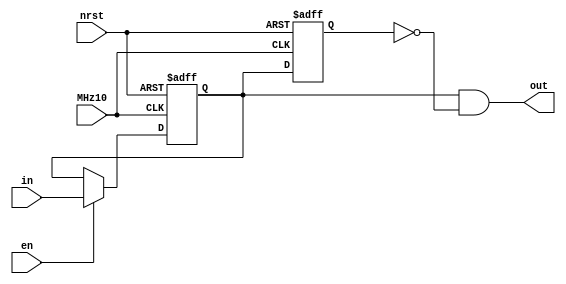
`default_nettype none
module posedge_detector (
	MHz10,
	nrst,
	en,
	in,
	out
);
	reg _sv2v_0;
	input wire MHz10;
	input wire nrst;
	input wire en;
	input wire in;
	output wire out;
	reg Q1;
	reg Q2;
	reg next_in;
	always @(posedge MHz10 or negedge nrst)
		if (!nrst) begin
			Q1 <= 0;
			Q2 <= 0;
		end
		else begin
			Q1 <= next_in;
			Q2 <= Q1;
		end
	assign out = Q1 && !Q2;
	always @(*) begin
		if (_sv2v_0)
			;
		next_in = Q1;
		if (en)
			next_in = in;
	end
	initial _sv2v_0 = 0;
endmodule